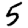
Digit: 5